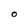
Character: O